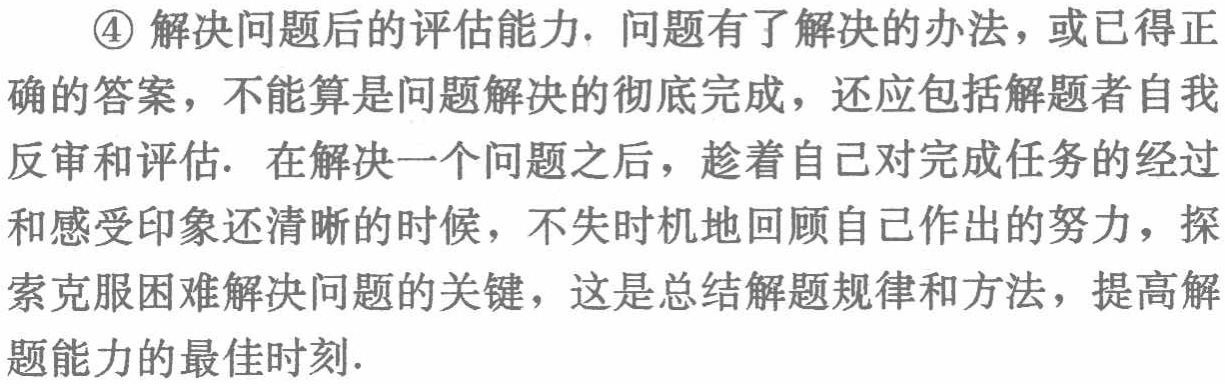
\textcircled{4} 解决问题后的评估能力. 问题有了解决的办法，或已得正确的答案，不能算是问题解决的彻底完成，还应包括解题者自我反审和评估. 在解决一个问题之后，趁着自己对完成任务的经过和感受印象还清晰的时候，不失时机地回顾自己作出的努力，探索克服困难解决问题的关键，这是总结解题规律和方法，提高解题能力的最佳时刻.